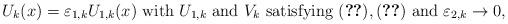
LaTeX: \begin{align*}U_k(x)=\varepsilon_{1,k}U_{1,k}(x) \mbox{ with } U_{1,k} \mbox{ and } V_k \mbox{ satisfying } \eqref{limpofn}, \eqref{limpof2n} \mbox{ and } \varepsilon_{2,k}\to 0,\end{align*}